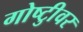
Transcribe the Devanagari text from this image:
गोष्टीुवर